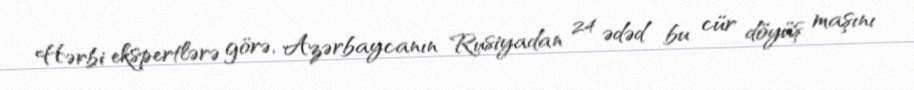
Hərbi ekspertlərə görə, Azərbaycanın Rusiyadan 24 ədəd bu cür döyüş maşını